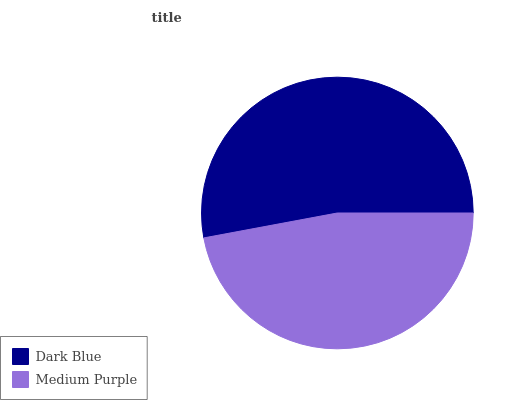
| Dark Blue | Medium Purple |
 | --- | --- |
 | 52.9% | 47.1% |